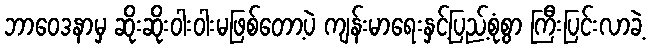
ဘာဝေဒနာမှ ဆိုးဆိုးဝါးဝါးမဖြစ်တော့ပဲ ကျန်းမာရေးနှင့်ပြည့်စုံစွာ ကြီးပြင်းလာခဲ့